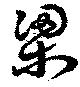
梁